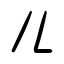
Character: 儿